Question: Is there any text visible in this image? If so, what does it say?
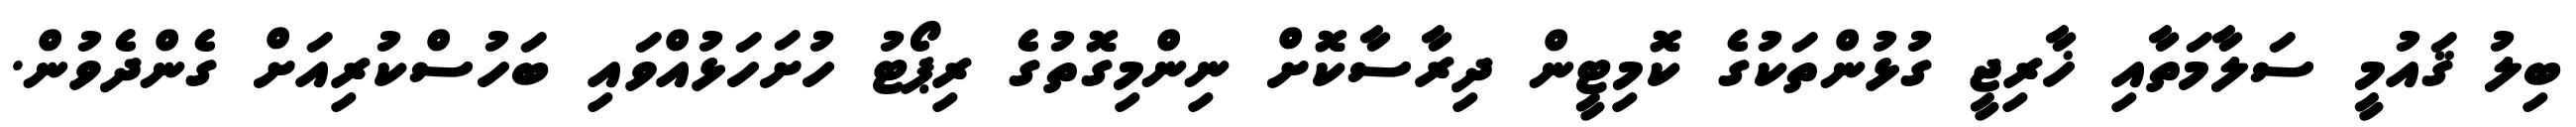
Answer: ބިލު ޤައުމީ ސަލާމަތާއި ޚާރިޖީ ގުޅުންތަކުގެ ކޮމިޓީން ދިރާސާކޮށް ނިންމިގޮތުގެ ރިޕޯޓު ހުށަހަޅުއްވައި ބަހުސްކުރިއަށް ގެންދެވުން.